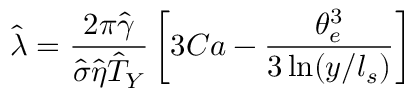
\hat { \lambda } = \frac { 2 \pi \hat { \gamma } } { \hat { \sigma } \hat { \eta } \hat { T } _ { Y } } \left[ 3 C a - \frac { \theta _ { e } ^ { 3 } } { 3 \ln ( y / l _ { s } ) } \right]